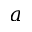
a